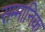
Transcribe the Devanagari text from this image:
सम्‍मानिक